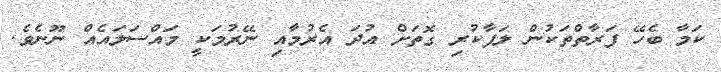
ކަމާ ބެހޭ ފަރާތްތަކުން ލަފާކުރި ގޮތަށް އުދަ އެރުމާއި ނޭރުމަކީ މައްސަލައެއް ނޫނެވެ.